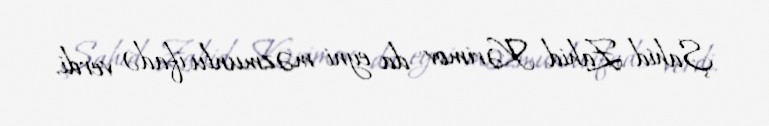
Şahid Zahid Kərimov da eyni məzmunlu ifadə verdi.